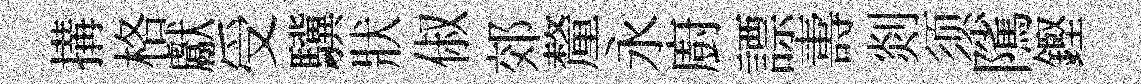
搆格獻受驥狀俶郊釐永廚謤夀剡须隲鏗